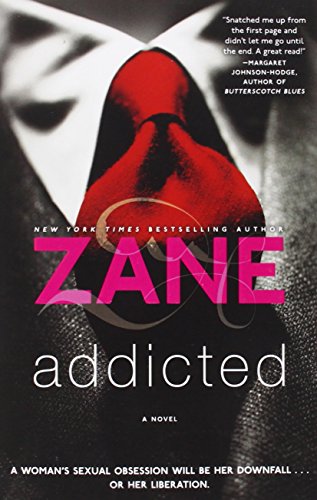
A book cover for Addicted: A Novel; Zane; Romance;